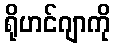
ရိုဟင်ဂျာကို